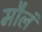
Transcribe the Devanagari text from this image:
मौलं